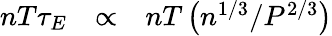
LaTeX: \begin{array}{lll}{nT\tau_{E}}&{\propto}&{nT\left(n^{1/3}/P^{2/3}\right)}\end{array}